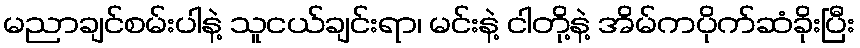
မညာချင်စမ်းပါနဲ့ သူငယ်ချင်းရာ၊ မင်းနဲ့ ငါတို့နဲ့ အိမ်ကပိုက်ဆံခိုးပြီး